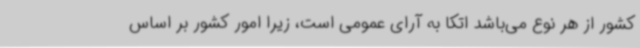
کشور از هر نوع می‌باشد اتکا به آرای عمومی است، زیرا امور کشور بر اساس